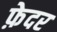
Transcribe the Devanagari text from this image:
फ़ेदर